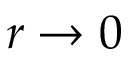
r \to 0